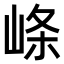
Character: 𡸇